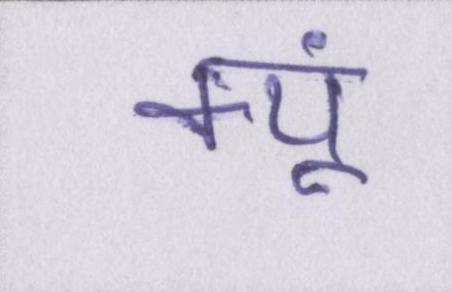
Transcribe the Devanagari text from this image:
क्यूं